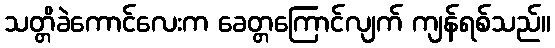
သတ္တိခဲကောင်လေးက ခေတ္တကြောင်လျက် ကျန်ရစ်သည်။